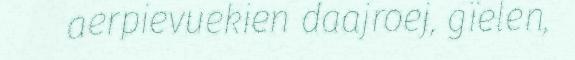
aerpievuekien daajroej, gïelen,